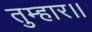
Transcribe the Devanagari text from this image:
तुम्‍हार।।